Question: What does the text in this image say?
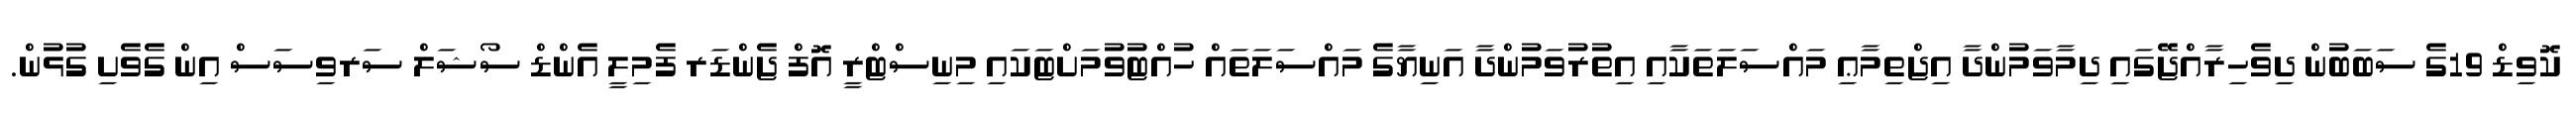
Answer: ކޮވިޑް 19ގެ ސަބަބުން ދިވެހިރާއްޖޭގައި ދިމާވަމުންދާ އިޖްތިމާޢި މައްސަލަތަކާއި އިތުރުވަމުންދާ އަނިޔާގެ މައްސަލަތައް ހުއްޓުވުމަށްޓަކައި މިނިސްޓްރީ އޮފް ޖެންޑަރ ފެމިލީ އެންޑް ސޯޝަލް ސަރވިސަސް އިން ގެވެށި ގުޅުން.